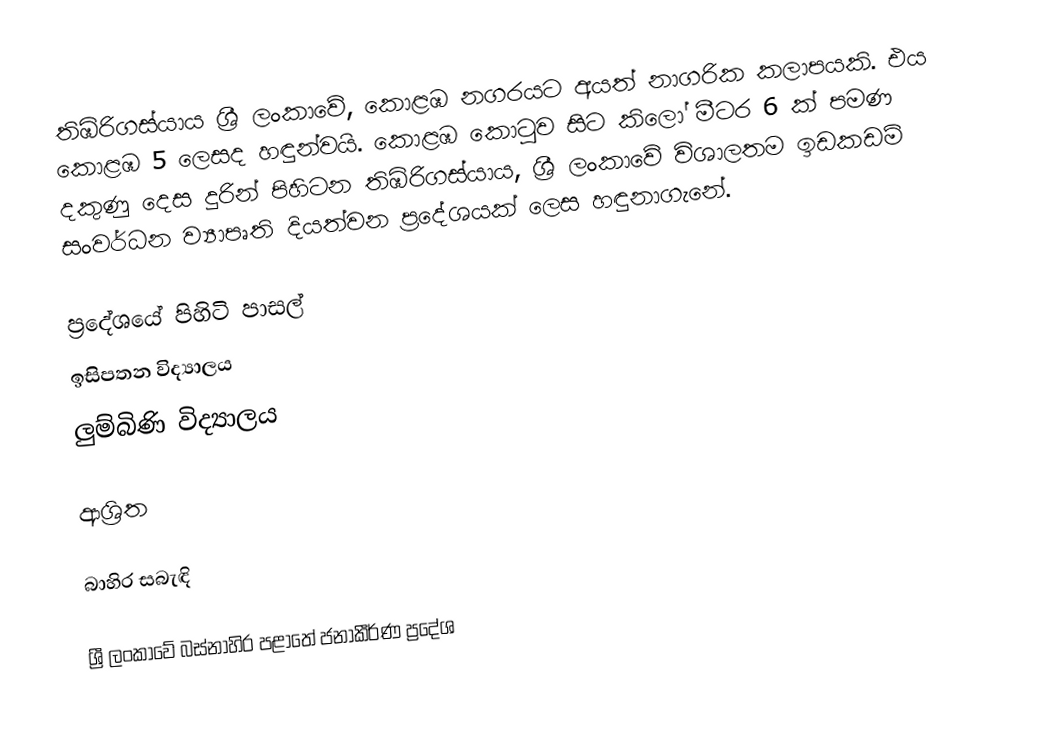
තිඹිරිගස්යාය ශ්‍රී ලංකාවේ, කොළඹ නගරයට අයත් නාගරික කලාපයකි. එය කොළඹ 5 ලෙසද හඳුන්වයි. කොළඹ කොටු‍ව සිට කිලෝ මීටර 6 ක් පමණ දකුණු දෙස දුරින් පිහිටන තිඹිරිගස්යාය, ශ්‍රී ලංකාවේ විශාලතම ඉඩකඩම් සංවර්ධන ව්‍යාපෘති දියත්වන ප්‍රදේශයක් ලෙස හඳුනාගැනේ.

ප්‍රදේශයේ පිහිටි පාසල්
 ඉසිපතන විද්‍යාලය
 ලුම්බිණි විද්‍යාලය

ආශ්‍රිත

බාහිර සබැඳි

ශ්‍රී ලංකාවේ බස්නාහිර පළාතේ ජනාකීර්ණ ප්‍රදේශ